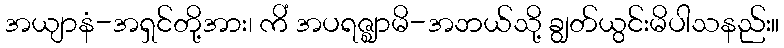
အယျာနံ-အရှင်တို့အား၊ ကိံ အပရဇ္ဈာမိ-အဘယ်သို့ ချွတ်ယွင်းမိပါသနည်း။